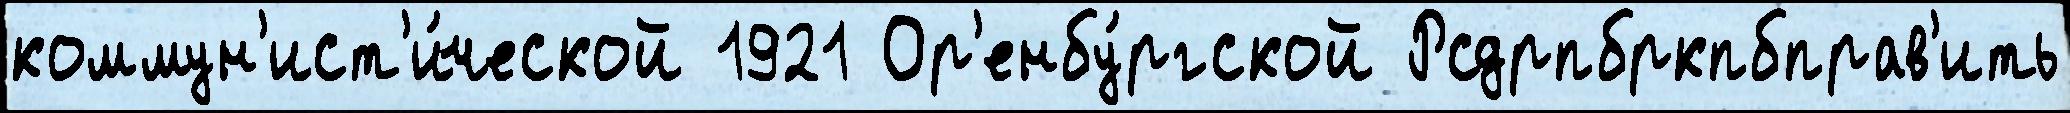
коммун'ист'и́ческой 1921 Ор'енбу́ргской Рсдрпбркпбправ'ить